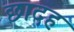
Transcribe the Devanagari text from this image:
छादह